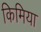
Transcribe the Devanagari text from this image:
किमिया